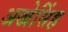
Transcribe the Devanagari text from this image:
अखेसिंह